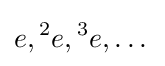
e,{}^{2}e,{}^{3}e,\dots